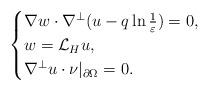
LaTeX: \begin{align*}\begin{cases}\nabla w\cdot \nabla^\perp(u-q\ln\frac{1}{\varepsilon})=0,\\w=\mathcal{L}_H u,\\\nabla^\perp u\cdot \nu|_{\partial \Omega}=0.\end{cases}\end{align*}